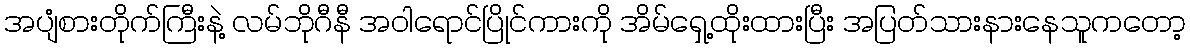
အပျံစားတိုက်ကြီးနဲ့ လမ်ဘိုဂီနီ အဝါရောင်ပြိုင်ကားကို အိမ်ရှေ့ထိုးထားပြီး အပြတ်သားနားနေသူကတော့